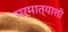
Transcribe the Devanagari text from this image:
परमात्याशी